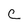
Character: C